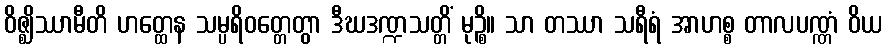
ဝိဇ္ဈိဿာမီတိ ဟတ္ထေန သမ္ပရိဝတ္တေတွာ ဒီဃဒဏ္ဍသတ္တိံ မုဉ္စိ။ သာ တဿာ သရီရံ အာဟစ္စ တာလပဏ္ဏံ ဝိယ